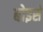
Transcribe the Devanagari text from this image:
बोइसे